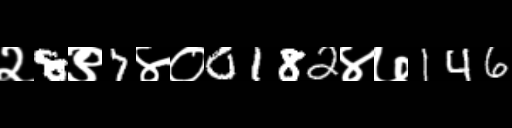
Text: २8९7४०0182४७146